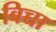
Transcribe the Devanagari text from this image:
बिच्चा